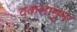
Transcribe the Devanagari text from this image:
वकसानुमा